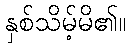
နှစ်သိမ့်မိ၏။